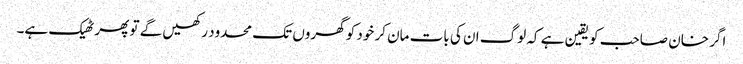
اگر خان صاحب کو یقین ہے کہ لوگ ان کی بات مان کر خود کو گھروں تک محدود رکھیں گے تو پھر ٹھیک ہے۔